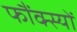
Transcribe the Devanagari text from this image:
फौंक्स्यों